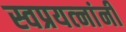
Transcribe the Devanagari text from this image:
स्वप्रयत्‍नांनी